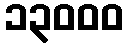
၁၃၀၀၀